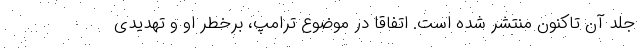
جلد آن تاکنون منتشر شده است. اتفاقا در موضوع ترامپ، برخطر او و تهدیدی